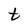
Character: t